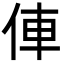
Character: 俥